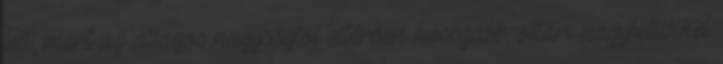
lett, mert az átlagos nagyságtól eltérően hosszabb, oltári nagybetűkkel